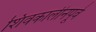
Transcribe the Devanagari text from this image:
शिवकालीनपूर्व